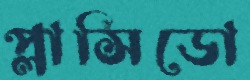
প্লাসিডো